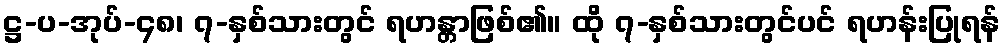
ဋ္ဌ-ပ-အုပ်-၄၈၊ ၇-နှစ်သားတွင် ရဟန္တာဖြစ်၏။ ထို ၇-နှစ်သားတွင်ပင် ရဟန်းပြုရန်